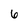
Character: 6